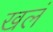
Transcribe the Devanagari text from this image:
खलं